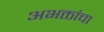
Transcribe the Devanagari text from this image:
अभक्तांचा